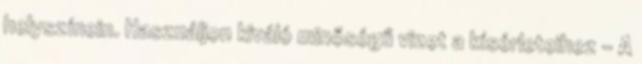
helyszínein. Használjon kiváló minőségű vizet a kísérleteihez – A